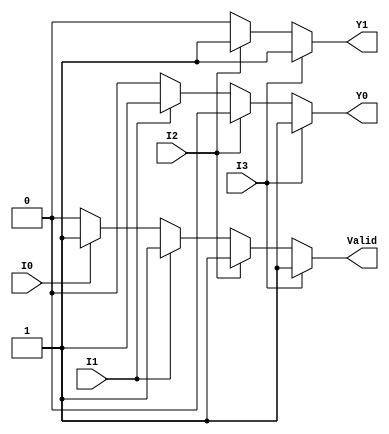
module priority_encoder_4_to_2 (
    input wire I0,   // Input 0
    input wire I1,   // Input 1
    input wire I2,   // Input 2
    input wire I3,   // Input 3
    output reg Y1,   // Output bit 1
    output reg Y0,   // Output bit 0
    output reg Valid // Valid signal
);

// Combinational logic for priority encoding
always @(*) begin
    // Default output values
    Y1 = 1'b0;
    Y0 = 1'b0;
    Valid = 1'b0;

    // Check for valid inputs and determine outputs based on priority
    if (I3) begin
        Y1 = 1'b1; // Y1 = 1
        Y0 = 1'b1; // Y0 = 1
        Valid = 1'b1;
    end else if (I2) begin
        Y1 = 1'b1; // Y1 = 1
        Y0 = 1'b0; // Y0 = 0
        Valid = 1'b1;
    end else if (I1) begin
        Y1 = 1'b0; // Y1 = 0
        Y0 = 1'b1; // Y0 = 1
        Valid = 1'b1;
    end else if (I0) begin
        Y1 = 1'b0; // Y1 = 0
        Y0 = 1'b0; // Y0 = 0
        Valid = 1'b1;
    end else begin
        // If no inputs are active, Valid remains 0
        Valid = 1'b0;
    end
end

endmodule